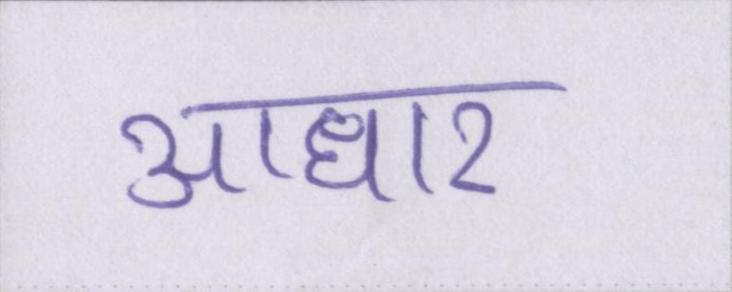
आधार